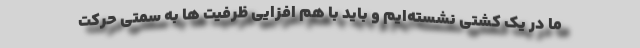
ما در یک کشتی نشسته‌ایم و باید با هم افزایی ظرفیت ها به سمتی حرکت